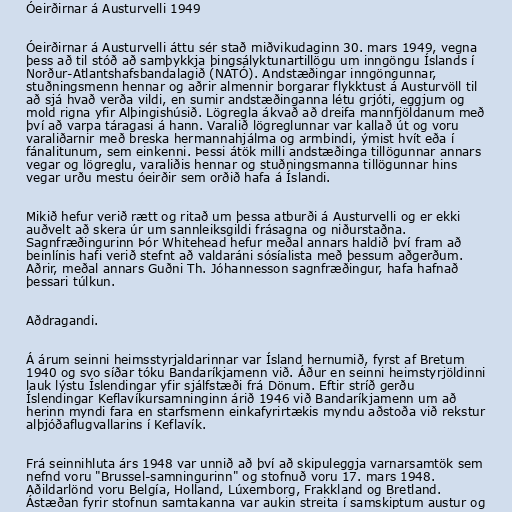
Óeirðirnar á Austurvelli 1949

Óeirðirnar á Austurvelli áttu sér stað miðvikudaginn 30. mars 1949, vegna
þess að til stóð að samþykkja þingsályktunartillögu um inngöngu Íslands í
Norður-Atlantshafsbandalagið (NATÓ). Andstæðingar inngöngunnar,
stuðningsmenn hennar og aðrir almennir borgarar flykktust á Austurvöll til
að sjá hvað verða vildi, en sumir andstæðinganna létu grjóti, eggjum og
mold rigna yfir Alþingishúsið. Lögregla ákvað að dreifa mannfjöldanum með
því að varpa táragasi á hann. Varalið lögreglunnar var kallað út og voru
varaliðarnir með breska hermannahjálma og armbindi, ýmist hvít eða í
fánalitunum, sem einkenni. Þessi átök milli andstæðinga tillögunnar annars
vegar og lögreglu, varaliðis hennar og stuðningsmanna tillögunnar hins
vegar urðu mestu óeirðir sem orðið hafa á Íslandi.

Mikið hefur verið rætt og ritað um þessa atburði á Austurvelli og er ekki
auðvelt að skera úr um sannleiksgildi frásagna og niðurstaðna.
Sagnfræðingurinn Þór Whitehead hefur meðal annars haldið því fram að
beinlínis hafi verið stefnt að valdaráni sósíalista með þessum aðgerðum.
Aðrir, meðal annars Guðni Th. Jóhannesson sagnfræðingur, hafa hafnað
þessari túlkun.

Aðdragandi.

Á árum seinni heimsstyrjaldarinnar var Ísland hernumið, fyrst af Bretum
1940 og svo síðar tóku Bandaríkjamenn við. Áður en seinni heimstyrjöldinni
lauk lýstu Íslendingar yfir sjálfstæði frá Dönum. Eftir stríð gerðu
Íslendingar Keflavíkursamninginn árið 1946 við Bandaríkjamenn um að
herinn myndi fara en starfsmenn einkafyrirtækis myndu aðstoða við rekstur
alþjóðaflugvallarins í Keflavík.

Frá seinnihluta árs 1948 var unnið að því að skipuleggja varnarsamtök sem
nefnd voru "Brussel-samningurinn" og stofnuð voru 17. mars 1948.
Aðildarlönd voru Belgía, Holland, Lúxemborg, Frakkland og Bretland.
Ástæðan fyrir stofnun samtakanna var aukin streita í samskiptum austur og